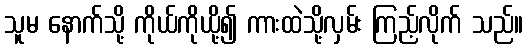
သူမ နောက်သို့ ကိုယ်ကိုယို့၍ ကားထဲသို့လှမ်း ကြည့်လိုက် သည်။